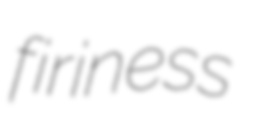
firiness